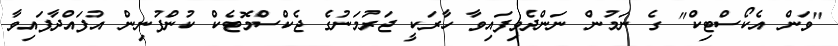
"ވަން އެކޯސްޓިކް" ގެ ނަމުން ނަންދެވިފައިވާ ހާރަކީ ޖަރުމަނުގެ ޖެކްސްމޮޓެކް ކުންފުނިން އުފައްދާފައިވާ